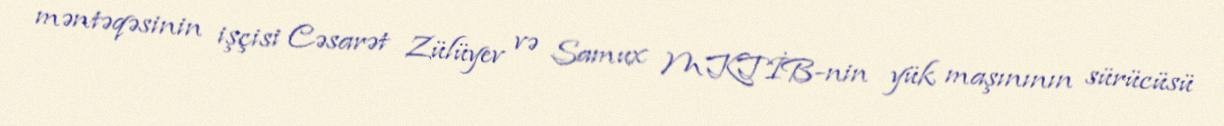
məntəqəsinin işçisi Cəsarət Zülüyev və Samux MKTİB-nin yük maşınının sürücüsü